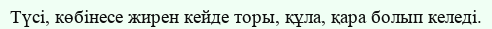
Түсі, көбінесе жирен кейде торы, құла, қара болып келеді.